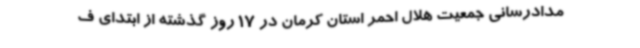
مدادرسانی جمعیت هلال احمر استان کرمان در 17 روز گذشته از ابتدای ف